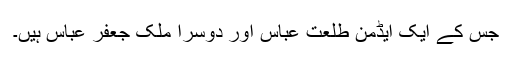
جس کے ایک ایڈمن طلعت عباس اور دوسرا ملک جعفر عباس ہیں۔